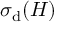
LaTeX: \sigma _ { \mathrm { d } } ( H )